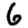
Digit: 6